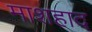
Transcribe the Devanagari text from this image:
माशहाद